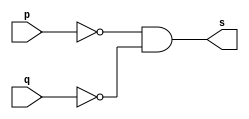
// ------------------------- 
// Exemplo0010 - NOR
// Nome: Thauan Velasco 
// ------------------------- 
// --------------------- 
// -- nor gate 

// --------------------- 
	module norgate (output s, input p, input q); 
	assign s = ~p & ~q; 
	endmodule // nor

// --------------------- 
// -- test norgate 
// --------------------- 

module testnorgate; 

// ------------------------- dados locais 
	reg a,b; // definir registrador 
	wire s; // definir conexao (fio) 
	
// ------------------------- instancia 
	norgate NOR1 (s, a, b); 

// ------------------------- preparacao 
	initial begin:start 
	a=0;
	b=0;

end 

// ------------------------- parte principal 
	initial begin:main 
	$display("Exemplo0010 - Thauan Velasco - 439995"); 
	$display("Test nor gate"); 
	$display("\n a' & b' = s\n"); 
	$monitor("%b & %b = %b", a, b, s); 
	#1 a=0; b=0; 
	#1 a=0; b=1; 
	#1 a=1; b=0; 
	#1 a=1; b=1; 
	
end

endmodule // testnorgate